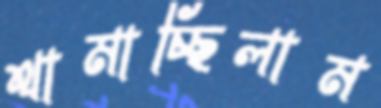
থামাচ্ছিলাম